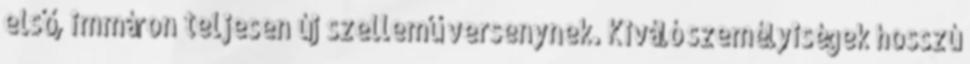
első, immáron teljesen új szellemű versenynek. Kiváló személyiségek hosszú